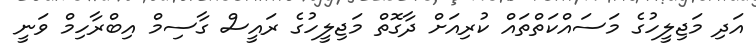
އަދި މަޖިލީހުގެ މަސައްކަތްތައް ކުރިއަށް ދާގޮތް މަޖިލީހުގެ ރައީސް ގާސިމް އިބްރާހިމް ވަނީ